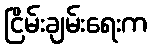
ငြိမ်းချမ်းရေးက